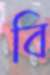
বি